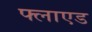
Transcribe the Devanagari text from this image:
फ्लाएड